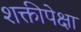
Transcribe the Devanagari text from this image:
शक्तीपेक्षा